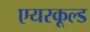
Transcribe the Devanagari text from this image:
एयरकूल्ड